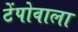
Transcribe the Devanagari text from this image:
टेंपोवाला